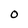
Character: o